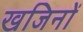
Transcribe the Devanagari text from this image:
खजिनों